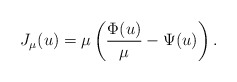
\begin{align*} J_{\mu}(u)=\mu\left(\frac{\Phi(u)}{\mu}-\Psi(u)\right).\end{align*}